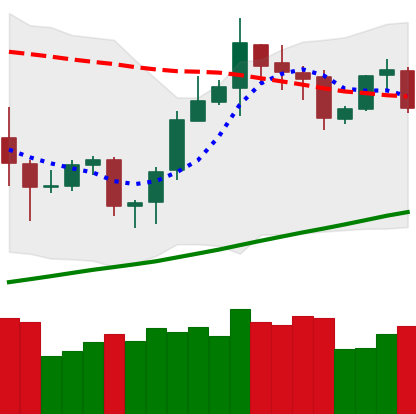
Ticker: ETH-USD
Chart end date: 2020-10-20
Forward return: 10.045%
Label: up_7plus